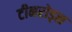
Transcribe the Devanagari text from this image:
टीनरोड्स